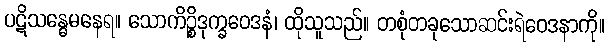
ပဋိသန္ဓေမနေရ။ သောကိဉ္စိဒုက္ခဝေဒနံ၊ ထိုသူသည်။ တစုံတခုသောဆင်းရဲဝေဒနာကို။